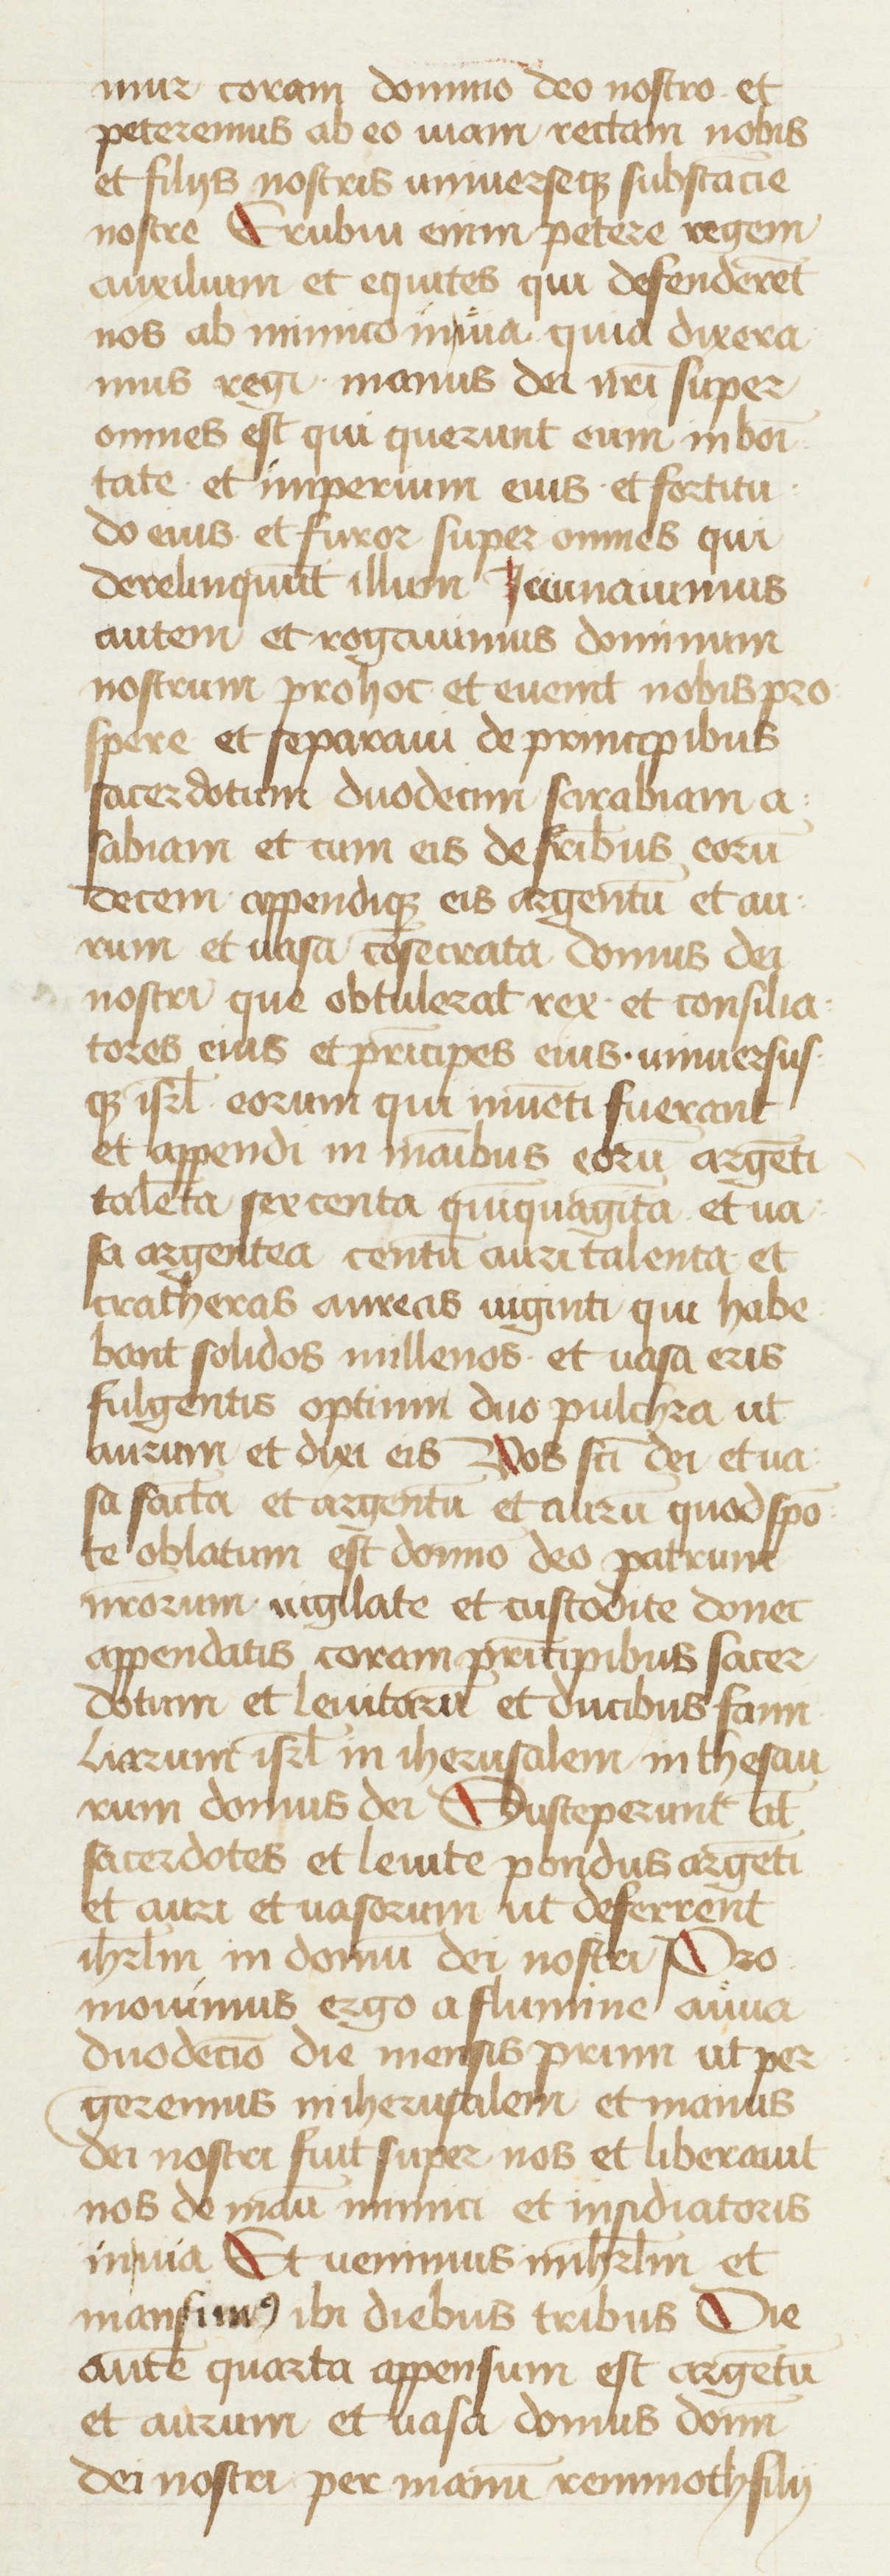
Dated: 1434–1466